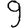
Digit: 9